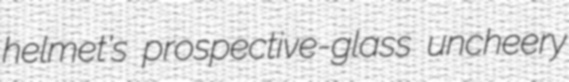
helmet's prospective-glass uncheery